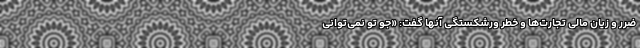
ضرر و زیان مالی تجارت‌ها و خطر ورشکستگی آنها گفت: «جو تو نمی‌توانی